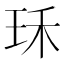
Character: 𤤤